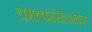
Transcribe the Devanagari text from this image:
चमत्कारोत्पादन